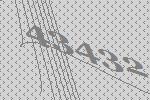
43432